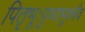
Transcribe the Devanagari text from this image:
पितृभूःपुण्यभूश्चैव